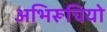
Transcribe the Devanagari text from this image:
अभिरूचियो